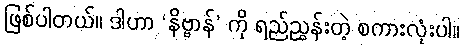
ဖြစ်ပါတယ်။ ဒါဟာ ‘နိဗ္ဗာန်’ ကို ရည်ညွှန်းတဲ့ စကားလုံးပါ။